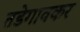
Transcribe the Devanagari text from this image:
तडेगावकर